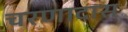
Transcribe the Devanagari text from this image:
चरणादास